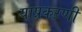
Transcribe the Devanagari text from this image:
याप्रकऱणी